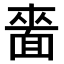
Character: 𮧌